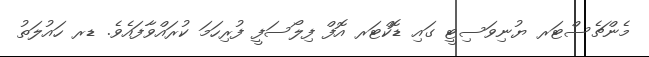
މެންޗެސްޓަރ ޔުނިވަސިޓީ ގައި ޑޮކްޓަރ އޮފް ފިލޯސަފީ ފުރިހަމަ ކުރައްވާފައެވެ. ޑރ ހައުލަތު